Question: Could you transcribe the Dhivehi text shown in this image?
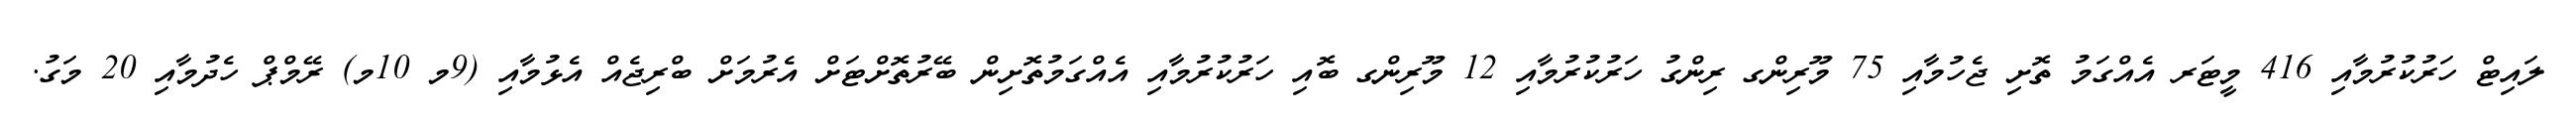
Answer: ލައިޓް ހަރުކުރުމާއި 416 މީޓަރ އެއްގަމު ތޮށި ޖެހުމާއި 75 މޫރިންގ ރިންގު ހަރުކުރުމާއި 12 މޫރިންގ ބޮއި ހަރުކުރުމާއި އެއްގަމުތޮށިން ބޭރުތޮށްޓަށް އެރުމަށް ބްރިޖެއް އެޅުމާއި (9މ 10މ) ރޭމްޕް ހެދުމާއި 20 މަގު.